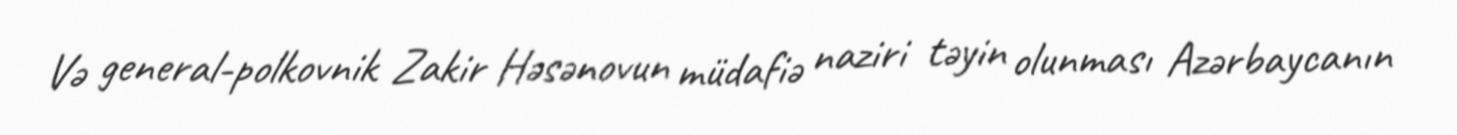
Və general-polkovnik Zakir Həsənovun müdafiə naziri təyin olunması Azərbaycanın